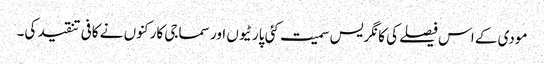
مودی کے اس فیصلے کی کانگریس سمیت کئی پارٹیوں اور سماجی کارکنوں نے کافی تنقید کی۔